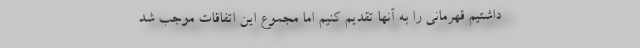
داشتیم قهرمانی را به آنها تقدیم کنیم اما مجموع این اتفاقات موجب شد